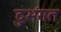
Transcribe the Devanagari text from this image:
दुभंगत